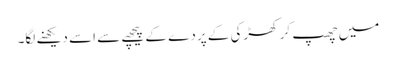
میں چھپ کر کھڑکی کے پردے کے پیچھے سے اسے دیکھنے لگا۔